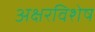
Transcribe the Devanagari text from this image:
अक्षरविशेष